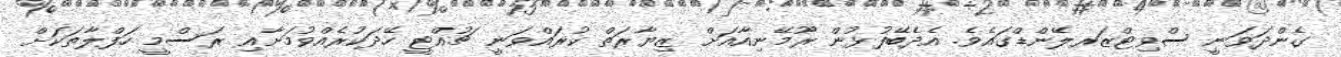
ގެންދަވަނީ ސްވިޓްޒަރލޭންޑްގައެވެ. އެދެބޭފުޅުން ރޫމޭނިއާއަށް ޒިޔާރަތް ކުރައްވަނީ ޗުއްޓީ ހޭދަކުރެއްވުމަށާއި ރަސްމީ ހަފްލާތަކަށް